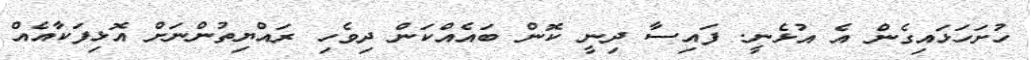
ހުށަހަޅައިގެން އެ އުޅެނީ. ފައިސާ ދިނީ ކޮން ބައެއްކަން ދިވެހި ރައްޔިތުންނަށް އޮޅިފަކާއެއް